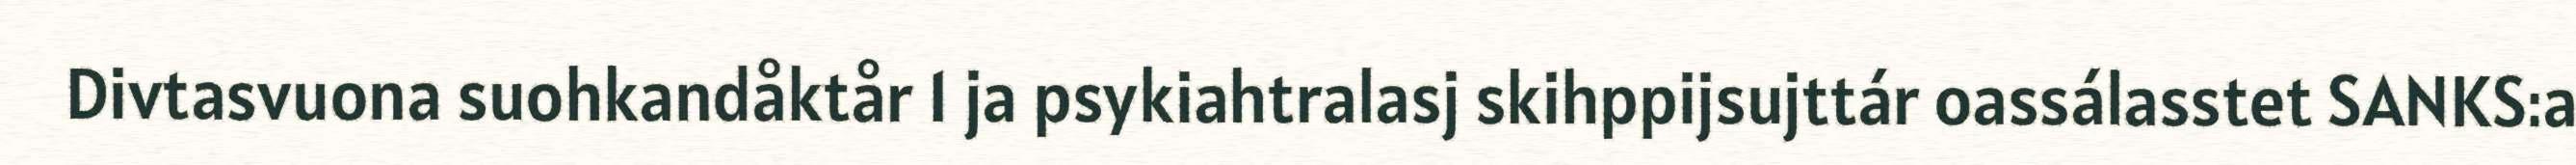
Divtasvuona suohkandåktår 1 ja psykiahtralasj skihppijsujttár oassálasstet SANKS:a